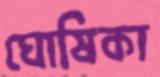
ঘোষিকা